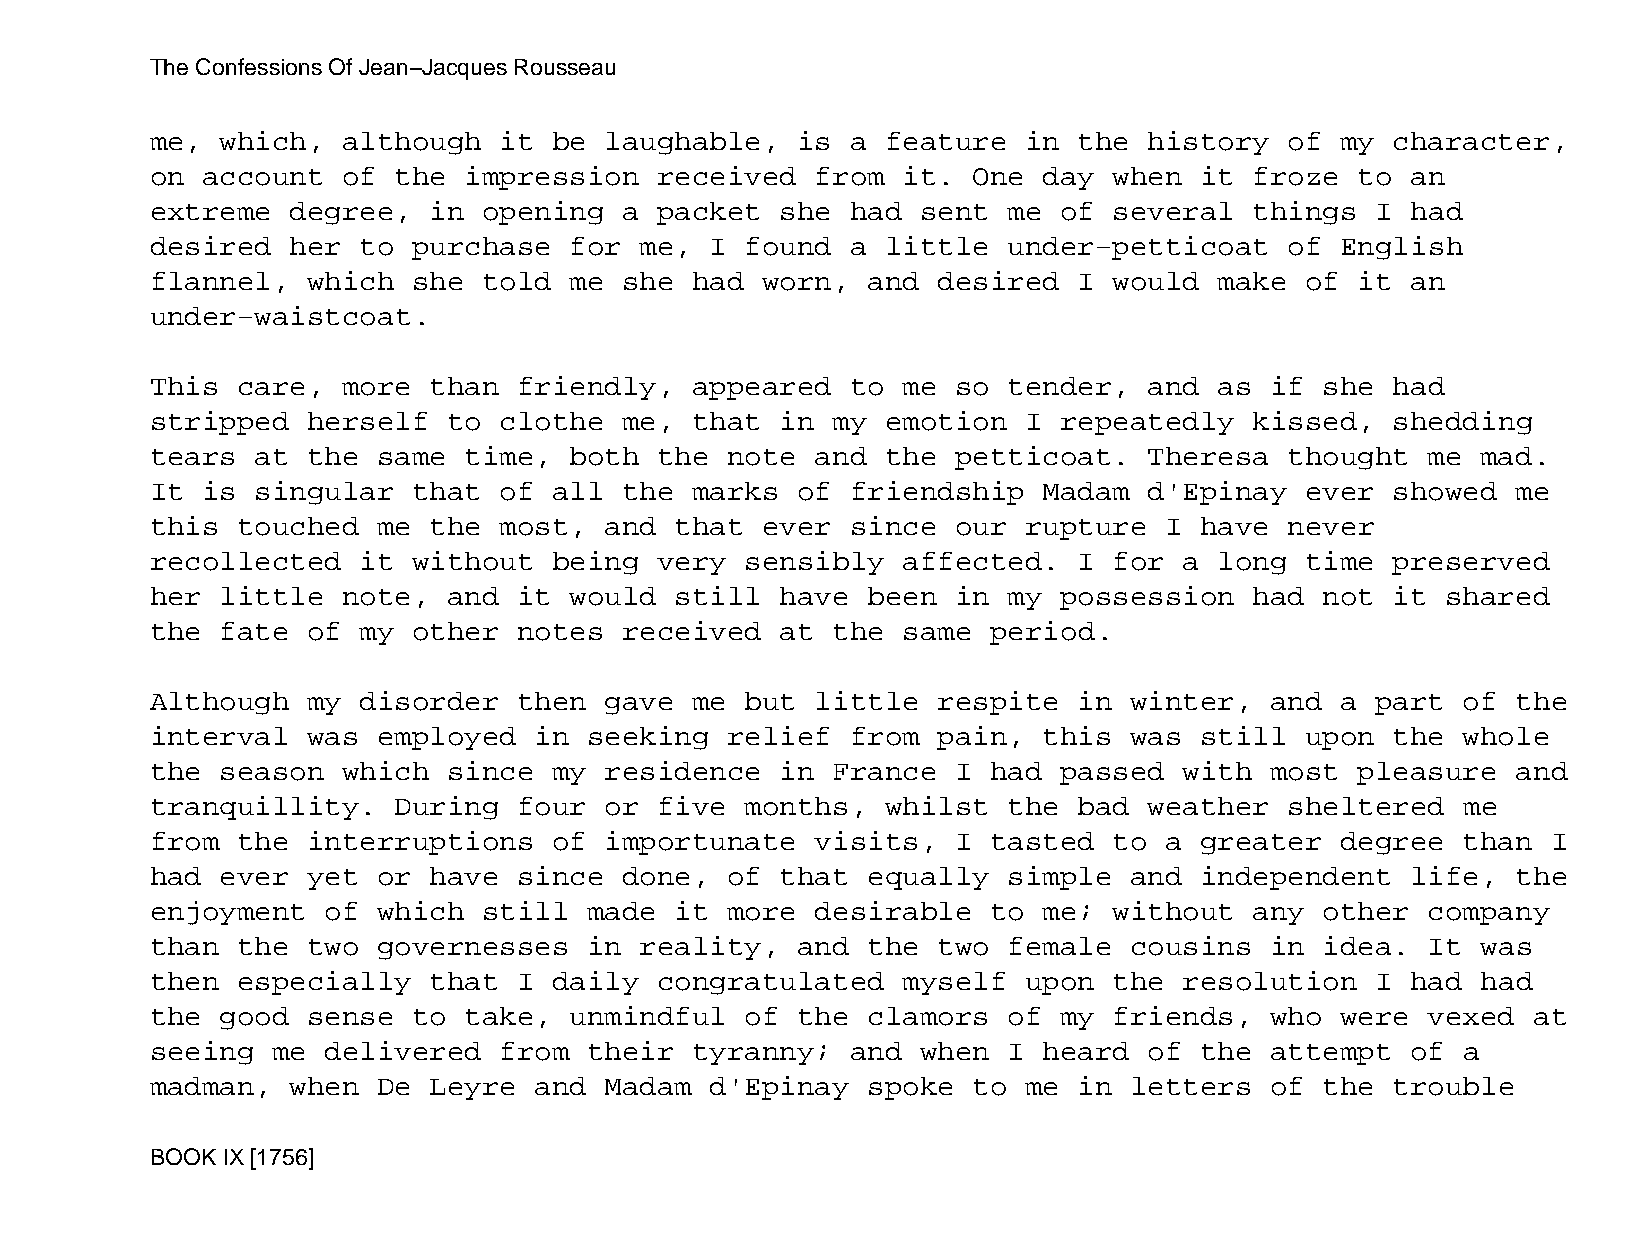
The Confessions Of Jean−Jacques Rousseau
 me,  which,  although  it  be laughable,   is a  feature  in the  history  of  my character,
 on account   of the  impression   received  from  it. One  day  when it  froze  to an
 extreme  degree,  in  opening  a  packet  she had  sent  me of  several  things  I had
 desired  her  to purchase   for me,  I found  a  little  under−petticoat   of  English
 flannel,  which  she  told  me she  had worn,  and  desired  I  would  make of  it an
 under−waistcoat.
 This  care,  more than  friendly,   appeared  to  me so  tender,  and  as if  she had
 stripped  herself   to clothe  me,  that  in my  emotion  I repeatedly   kissed,  shedding
 tears  at the  same  time,  both  the note  and  the petticoat.   Theresa  thought   me mad.
 It is  singular  that  of  all the  marks  of friendship   Madam  d'Epinay  ever  showed  me
 this  touched  me the  most,  and  that ever  since  our  rupture  I have  never
 recollected   it without   being  very sensibly   affected.  I  for a  long time  preserved
 her  little  note,  and it  would  still  have been  in  my possession   had  not it  shared
 the  fate of  my other  notes  received   at the  same  period.
 Although  my  disorder  then  gave  me but  little  respite  in  winter,  and  a part  of the
 interval  was  employed  in  seeking  relief  from  pain,  this  was still  upon  the  whole
 the  season  which  since  my residence   in France  I  had passed  with  most  pleasure  and
 tranquillity.   During  four  or  five months,   whilst  the bad  weather  sheltered   me
 from  the interruptions    of importunate   visits,  I  tasted  to a greater   degree  than  I
 had  ever yet  or have  since  done,  of  that equally   simple  and independent   life,  the
 enjoyment   of which  still  made  it more  desirable   to me;  without  any  other  company
 than  the two  governesses   in reality,   and the  two  female  cousins  in  idea.  It was
 then  especially  that  I  daily  congratulated   myself  upon  the resolution   I had  had
 the  good sense  to  take,  unmindful  of  the clamors   of my  friends,  who  were  vexed at
 seeing  me  delivered  from  their  tyranny;  and  when  I heard  of the  attempt  of  a
 madman,  when  De Leyre  and  Madam  d'Epinay  spoke  to  me in  letters  of  the trouble
 BOOK IX [1756]